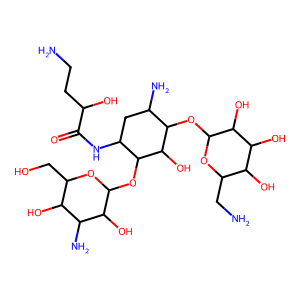
SMILES: NCCC(O)C(=O)NC1CC(N)C(OC2OC(CN)C(O)C(O)C2O)C(O)C1OC1OC(CO)C(O)C(N)C1O
Inhibits HIV replication: No